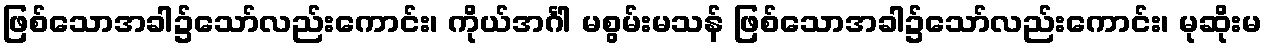
ဖြစ်သောအခါ၌သော်လည်းကောင်း၊ ကိုယ်အင်္ဂါ မစွမ်းမသန် ဖြစ်သောအခါ၌သော်လည်းကောင်း၊ မုဆိုးမ